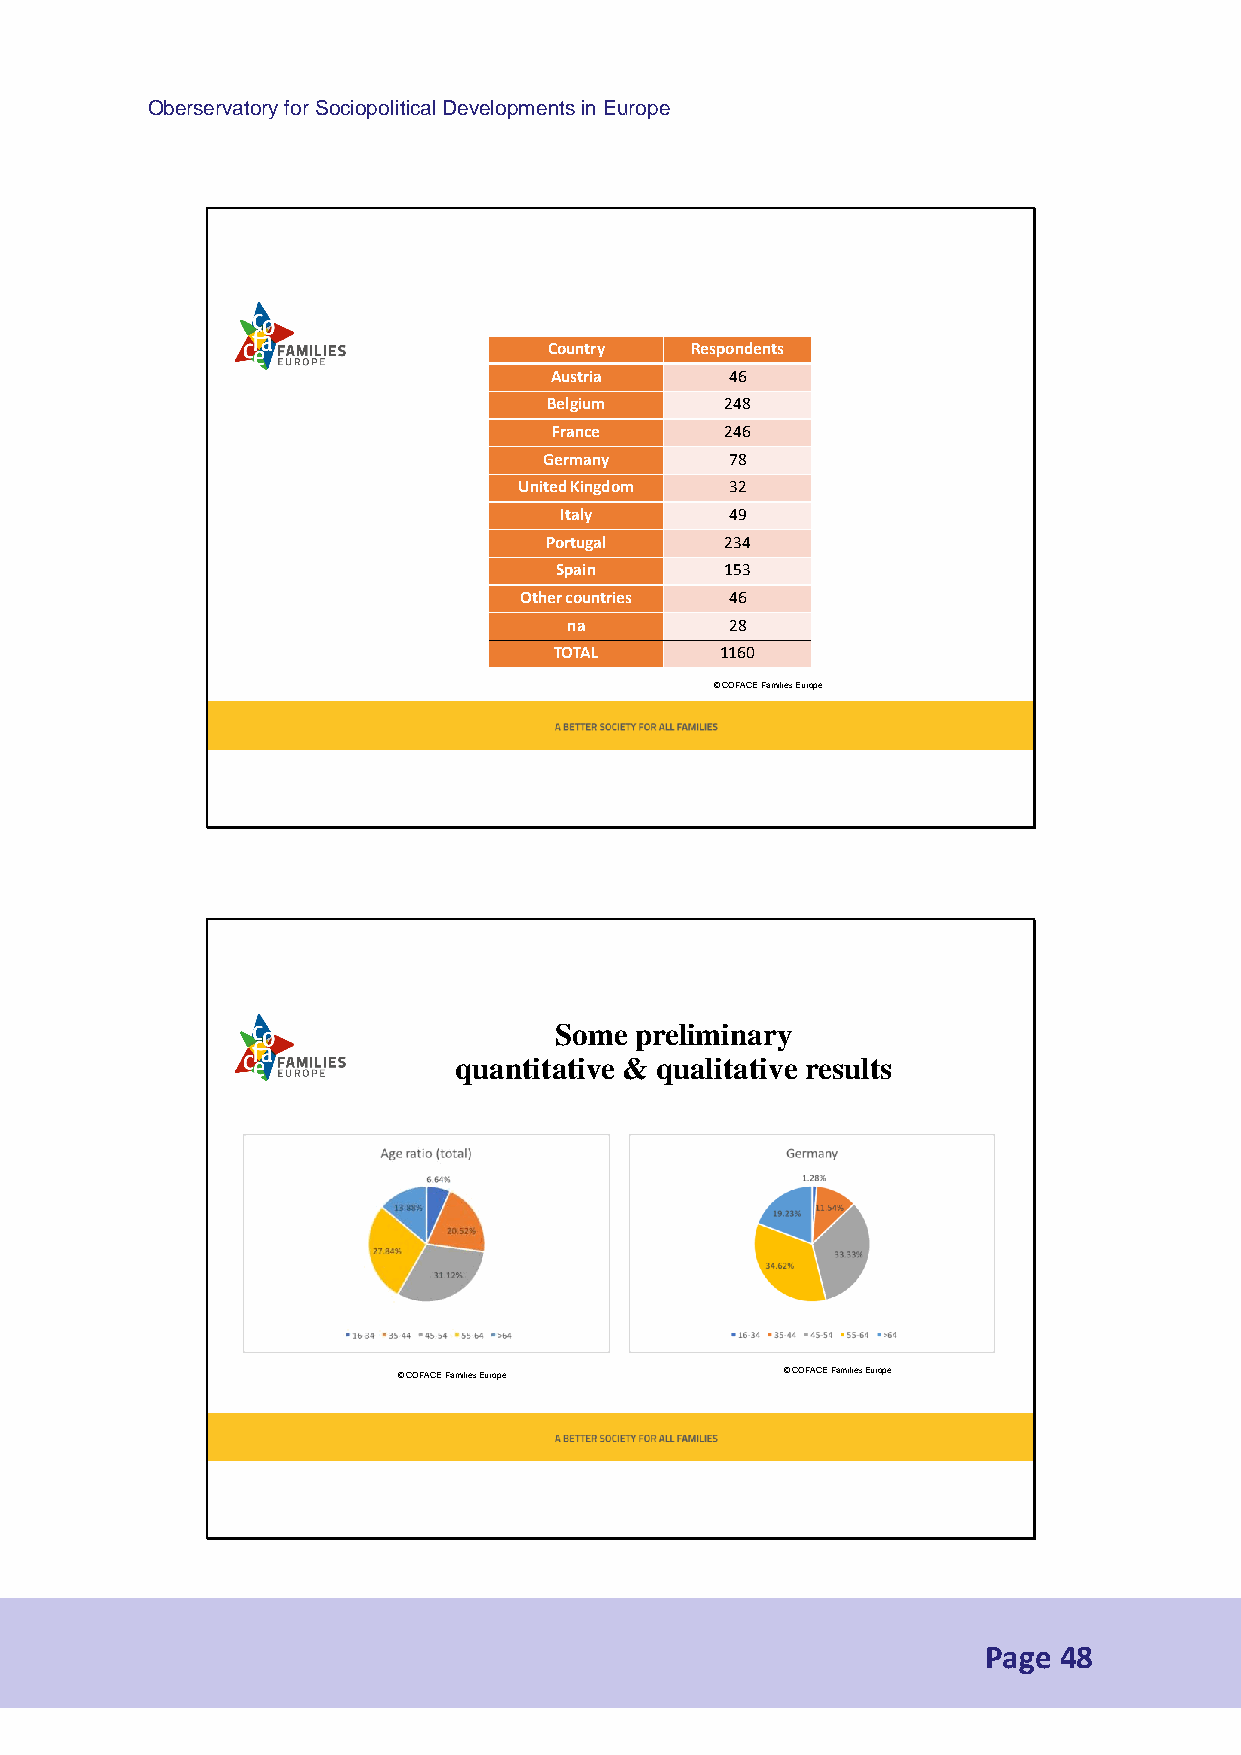
Oberservatory for Sociopolitical Developments in Europe
 Country   Respondents
 Austria     46
 Belgium     248
 France     246
 Germany     78
 United Kingdom 32
 Italy      49
 Portugal    234
 Spain      153
 Other countries 46
 na        28
 TOTAL      1160
 © COFACE FamiliesEurope
 Some preliminary
 quantitative & qualitative results
 © COFACE FamiliesEurope   © COFACE FamiliesEurope
 Page 48